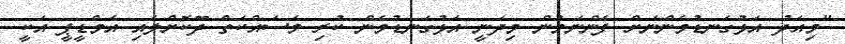
"މިއަދު އަޅުގަނޑުމެންނަށް ފެންނަމުން މިދަނީ އަޅުގަނޑުމެން ކުރި މަސައްކަތް ދޫކޮށްލައި އެމްޑީޕީ އަކީ